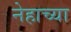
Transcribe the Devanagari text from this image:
नेहाच्या